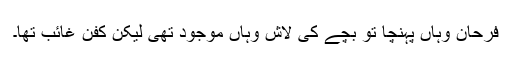
فرحان وہاں پہنچا تو بچے کی لاش وہاں موجود تھی لیکن کفن غائب تھا۔